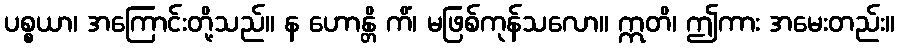
ပစ္စယာ၊ အကြောင်းတို့သည်။ န ဟောန္တိ ကိံ၊ မဖြစ်ကုန်သလော။ ဣတိ၊ ဤကား အမေးတည်း။